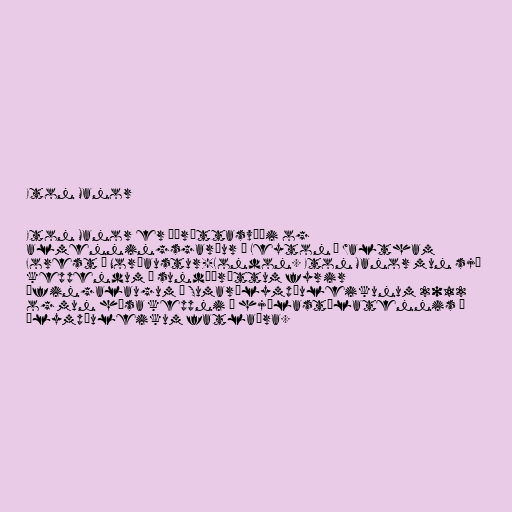
Eton Manor

Eton Manor er íþróttasvæði og
almenningsgarður í Leyton í Waltham
Forest í Norðaustur-London. Eton Manor mun sjá
keppendum í sundíþróttum fyrir
æfingalaugum á Sumarólympíuleikunum 2012
og mun hýsa keppni í hjólastólatennis á
Ólympíuleikum fatlaðra.